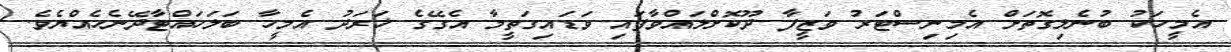
އެމީހަކު ބުނެލިގޮތަށް އެމިނިސްޓަރު ވަޒީފާ ދޫކޮށްލައްވާފައި ވަޑައިގަތީމާ އެގޭގެ ޚަރަދު އެމީހާ ބަލަހައްޓާދޭނެހެއްޔެވެ.